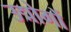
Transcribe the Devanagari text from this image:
उद्मोगों